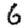
Digit: 6